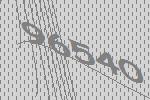
96540